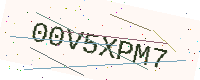
Text: 00V5XPM7